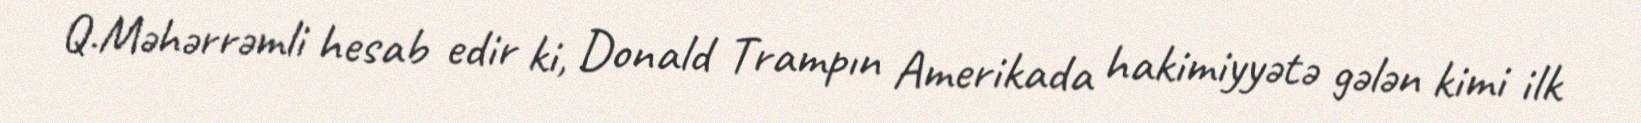
Q.Məhərrəmli hesab edir ki, Donald Trampın Amerikada hakimiyyətə gələn kimi ilk